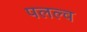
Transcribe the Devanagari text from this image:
पलल्व